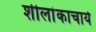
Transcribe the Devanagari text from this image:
शीलांकाचार्य